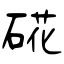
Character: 硴